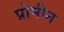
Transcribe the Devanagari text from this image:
प्रोमीन